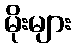
မိုးများ